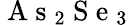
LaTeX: \mathrm{~A~s~}_{2}\mathrm{~S~e~}_{3}